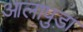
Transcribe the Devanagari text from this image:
आलापुड़ा